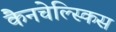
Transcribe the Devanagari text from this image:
कैनचेल्स्किस